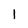
Character: 1